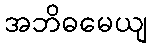
အဘိဓမေယျ